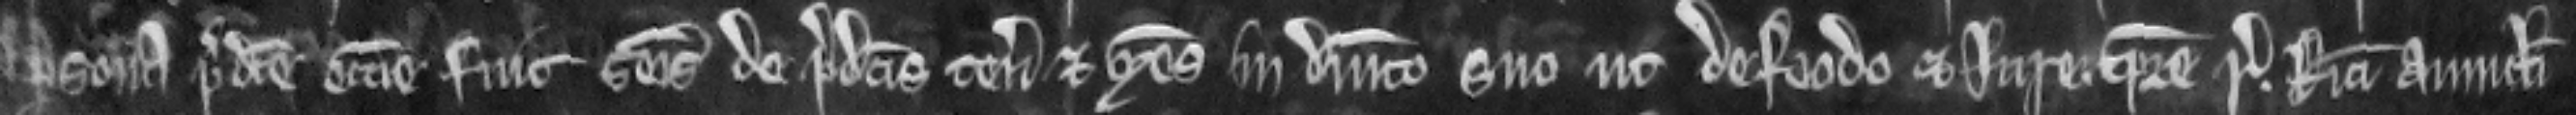
persona predicte ecclesie fuit seisitus de predictis tenemento et mesuagio in dominico suo ut de feodo et jure tempore regis Ricardi avunculi